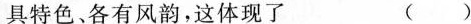
具特色、各有风韵，这体现了 ( )